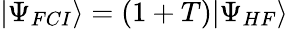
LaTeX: |\Psi_{FCI}\rangle=(1+T)|\Psi_{HF}\rangle